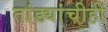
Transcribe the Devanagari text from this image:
तांड्यांचीही